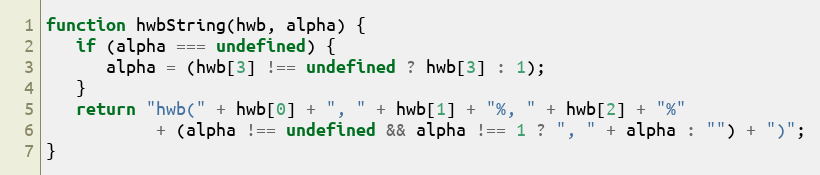
Language: JavaScript
function hwbString(hwb, alpha) {
   if (alpha === undefined) {
      alpha = (hwb[3] !== undefined ? hwb[3] : 1);
   }
   return "hwb(" + hwb[0] + ", " + hwb[1] + "%, " + hwb[2] + "%"
           + (alpha !== undefined && alpha !== 1 ? ", " + alpha : "") + ")";
}